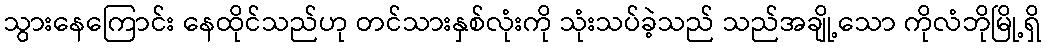
သွားနေကြောင်း နေထိုင်သည်ဟု တင်သားနှစ်လုံးကို သုံးသပ်ခဲ့သည် သည်အချို့သော ကိုလံဘိုမြို့ရှိ